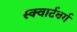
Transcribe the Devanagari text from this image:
स्क्वार्टबर्ग